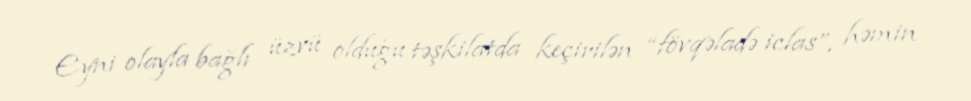
Eyni olayla bağlı üzvü olduğu təşkilatda keçirilən “fövqəladə iclas”, həmin